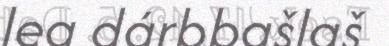
lea dárbbašlaš